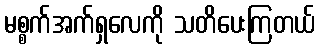
မစ္စက်အက်ရှလေကို သတိပေးကြတယ်